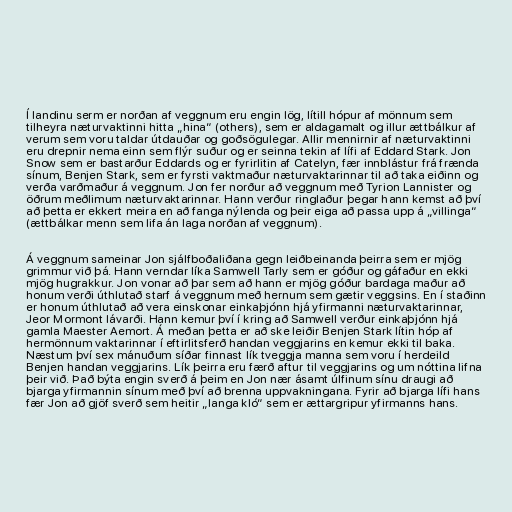
Í landinu serm er norðan af veggnum eru engin lög, lítill hópur af mönnum sem
tilheyra næturvaktinni hitta „hina“ (others), sem er aldagamalt og illur ættbálkur af
verum sem voru taldar útdauðar og goðsögulegar. Allir mennirnir af næturvaktinni
eru drepnir nema einn sem flýr suður og er seinna tekin af lífi af Eddard Stark. Jon
Snow sem er bastarður Eddards og er fyrirlitin af Catelyn, fær innblástur frá frænda
sínum, Benjen Stark, sem er fyrsti vaktmaður næturvaktarinnar til að taka eiðinn og
verða varðmaður á veggnum. Jon fer norður að veggnum með Tyrion Lannister og
öðrum meðlimum næturvaktarinnar. Hann verður ringlaður þegar hann kemst að því
að þetta er ekkert meira en að fanga nýlenda og þeir eiga að passa upp á „villinga“
(ættbálkar menn sem lifa án laga norðan af veggnum).

Á veggnum sameinar Jon sjálfboðaliðana gegn leiðbeinanda þeirra sem er mjög
grimmur við þá. Hann verndar líka Samwell Tarly sem er góður og gáfaður en ekki
mjög hugrakkur. Jon vonar að þar sem að hann er mjög góður bardaga maður að
honum verði úthlutað starf á veggnum með hernum sem gætir veggsins. En í staðinn
er honum úthlutað að vera einskonar einkaþjónn hjá yfirmanni næturvaktarinnar,
Jeor Mormont lávarði. Hann kemur því í kring að Samwell verður einkaþjónn hjá
gamla Maester Aemort. Á meðan þetta er að ske leiðir Benjen Stark lítin hóp af
hermönnum vaktarinnar í eftirlitsferð handan veggjarins en kemur ekki til baka.
Næstum því sex mánuðum síðar finnast lík tveggja manna sem voru í herdeild
Benjen handan veggjarins. Lík þeirra eru færð aftur til veggjarins og um nóttina lifna
þeir við. Það býta engin sverð á þeim en Jon nær ásamt úlfinum sínu draugi að
bjarga yfirmannin sínum með því að brenna uppvakningana. Fyrir að bjarga lífi hans
fær Jon að gjöf sverð sem heitir „langa kló“ sem er ættargripur yfirmanns hans.